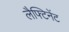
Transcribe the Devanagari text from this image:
लैफ्टिनेंट